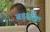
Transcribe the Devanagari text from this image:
बड़ाईक